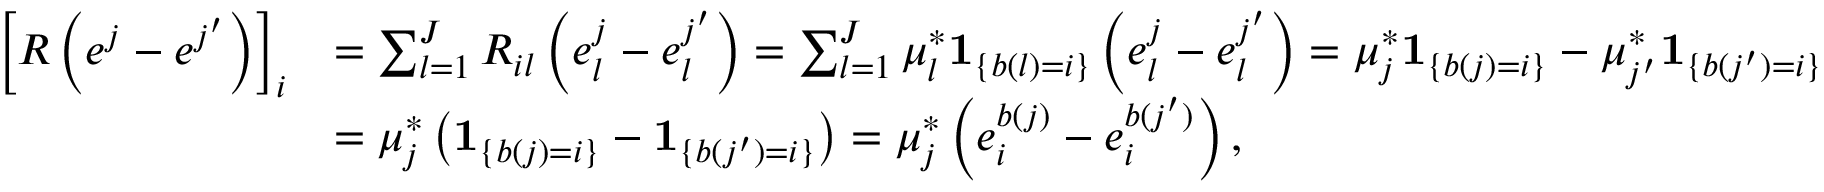
\begin{array} { r l } { \left[ R \left( e ^ { j } - e ^ { j ^ { \prime } } \right) \right] _ { i } } & { = \sum _ { l = 1 } ^ { J } R _ { i l } \left( e _ { l } ^ { j } - e _ { l } ^ { j ^ { \prime } } \right) = \sum _ { l = 1 } ^ { J } \mu _ { l } ^ { * } \mathbf { 1 } _ { \left\{ b ( l ) = i \right\} } \left( e _ { l } ^ { j } - e _ { l } ^ { j ^ { \prime } } \right) = \mu _ { j } ^ { * } \mathbf { 1 } _ { \left\{ b ( j ) = i \right\} } - \mu _ { j ^ { \prime } } ^ { * } \mathbf { 1 } _ { \left\{ b ( j ^ { \prime } ) = i \right\} } } \\ & { = \mu _ { j } ^ { * } \left( \mathbf { 1 } _ { \left\{ b ( j ) = i \right\} } - \mathbf { 1 } _ { \left\{ b ( j ^ { \prime } ) = i \right\} } \right) = \mu _ { j } ^ { * } \left( e _ { i } ^ { b ( j ) } - e _ { i } ^ { b ( j ^ { \prime } ) } \right) , } \end{array}